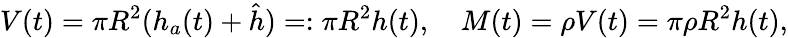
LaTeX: V(t)=\pi R^{2}(h_{a}(t)+\hat{h})=:\pi R^{2}h(t),\quad M(t)=\rho V(t)=\pi\rho R^{2}h(t),